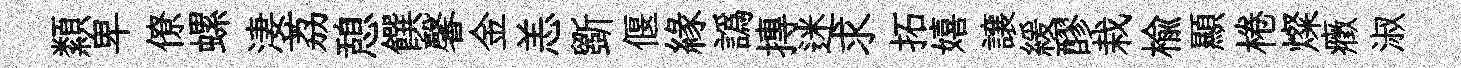
纇卑僚螺淒荔憩饌馨金恙斵偃縁譌摶迷求拓嬉譲緩醪栽榆顯棬燦癥淑